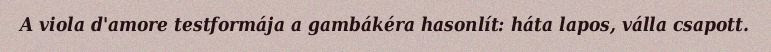
A viola d'amore testformája a gambákéra hasonlít: háta lapos, válla csapott.